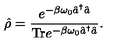
\hat { \rho } = \frac { e ^ { - \beta \omega _ { 0 } \hat { a } ^ { \dagger } \hat { a } } } { \mathrm { T r } e ^ { - \beta \omega _ { 0 } \hat { a } ^ { \dagger } \hat { a } } } .